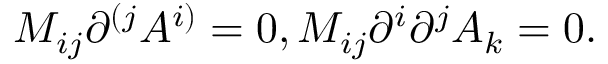
M _ { i j } \partial ^ { ( j } A ^ { i ) } = 0 , M _ { i j } \partial ^ { i } \partial ^ { j } A _ { k } = 0 .